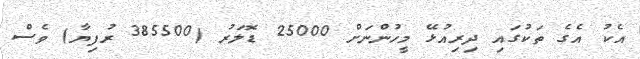
އެކު އެގެ ތަކުގައި ދިރިއުޅޭ މީހުންނަށް 25000 ޑޮލަރު (385500 ރުފިޔާ) ވެސް